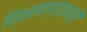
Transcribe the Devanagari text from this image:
विकसवण्यासाठी